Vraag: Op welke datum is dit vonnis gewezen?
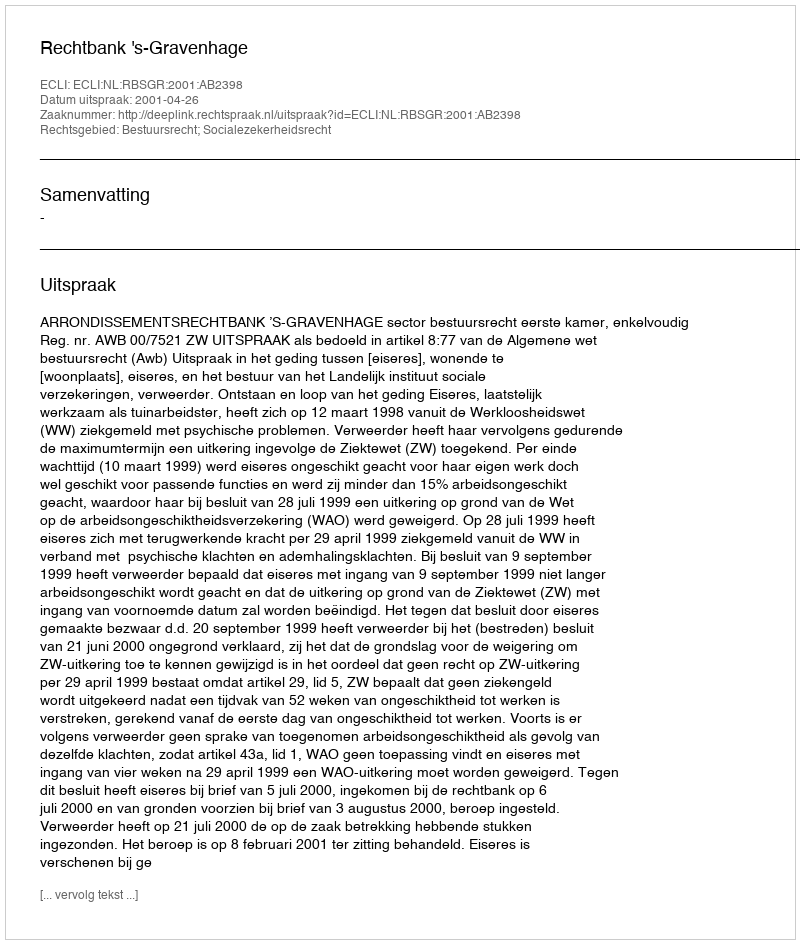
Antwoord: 2001-04-26